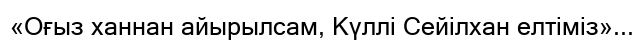
«Оғыз ханнан айырылсам, Күллі Сейілхан елтіміз»...